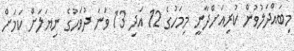
މިބައްދަލުވުން ކުރިއަށްދާނީ މިމަހުގެ 12 އަދި 13 ވަނަ ދުވަހުގެ ނިޔަލަށް ކަމަށް